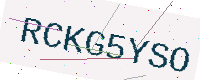
Text: RCKG5YSO